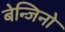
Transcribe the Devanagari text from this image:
बेन्जिनो